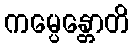
ကမ္ပေန္တောတိ